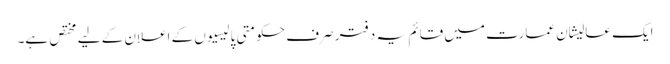
ایک عالیشان عمارت میں قائم یہ دفتر صرف حکومتی پالیسیوں کے اعلان کے لیے مختص ہے۔